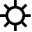
\sun